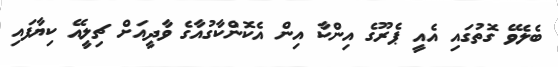
ބެލެވޭ ގޮތުގައި އެއީ ޕެރޫގެ އިންކާ އިން އެކޮންކާގުއާގެ ވާދީއަށް ޗިލީއޭ ކިޔާފައި